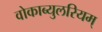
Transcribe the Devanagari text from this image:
वोकाब्युलरियम्